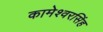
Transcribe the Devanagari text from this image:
कामेश्वरसिंह